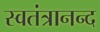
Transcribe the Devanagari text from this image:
स्वतंत्रानन्द